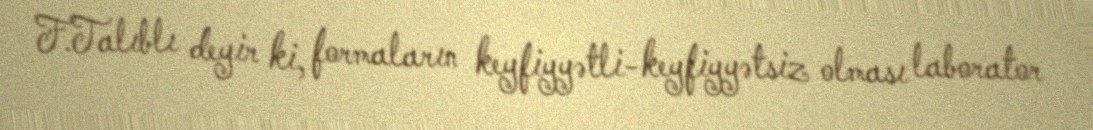
F.Talıblı deyir ki, formaların keyfiyyətli-keyfiyyətsiz olması laborator